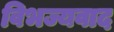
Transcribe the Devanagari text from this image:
विभज्यवाद